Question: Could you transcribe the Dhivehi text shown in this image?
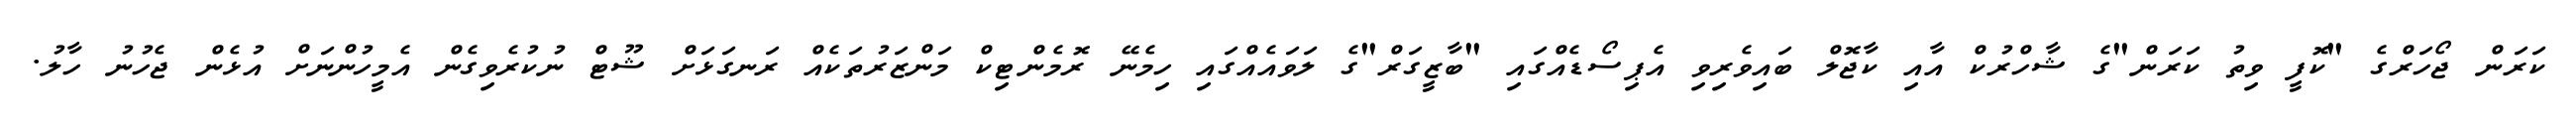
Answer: ކަރަން ޖޯހަރްގެ "ކޮފީ ވިތު ކަރަން"ގެ ޝާހްރުކް އާއި ކާޖޮލް ބައިވެރިވި އެޕިސޯޑެއްގައި "ބާޒީގަރް"ގެ ލަވައެއްގައި ހިމެނޭ ރޮމެންޓިކް މަންޒަރުތަކެއް ރަނގަޅަށް ޝޫޓް ނުކުރެވިގެން އެމީހުންނަށް އުޅެން ޖެހުނު ހާލު.